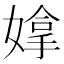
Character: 𫱗